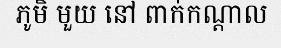
ភូមិ មួយ នៅ ពាក់កណ្តាល